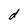
Character: d